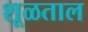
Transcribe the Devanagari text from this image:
शूळताल